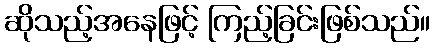
ဆိုသည့်အနေဖြင့် ကြည့်ခြင်းဖြစ်သည်။